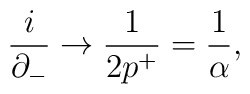
\frac{i}{\partial_-} \rightarrow \frac{1}{2p^+} = \frac{1}{\alpha} ,